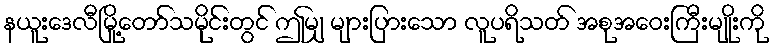
နယူးဒေလီမြို့တော်သမိုင်းတွင် ဤမျှ များပြားသော လူပရိသတ် အစုအဝေးကြီးမျိုးကို